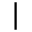
|